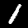
Label: 1